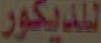
للديكور